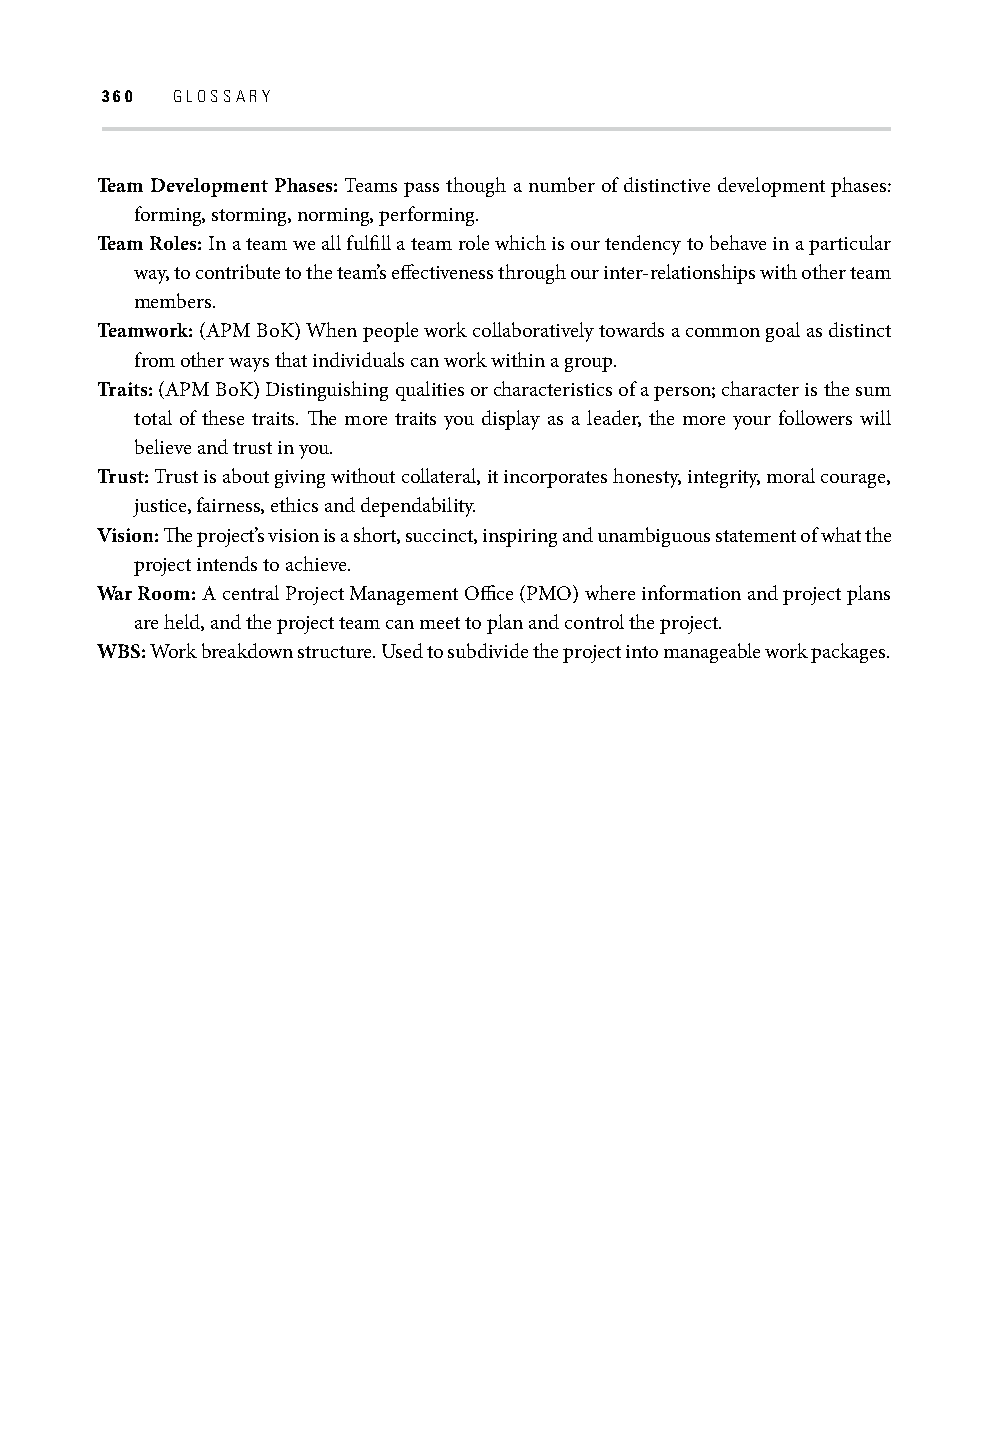
360 GLOSSARY
 Team Development Phases: Teams pass though a number of distinctive development phases:
 forming, storming, norming, performing.
 Team Roles: In a team we all fulfi ll a team role which is our tendency to behave in a particular
 way, to contribute to the team’s eff ectiveness through our inter-relationships with other team
 members.
 Teamwork: (APM BoK) When people work collaboratively towards a common goal as distinct
 from other ways that individuals can work within a group.
 Traits: (APM BoK) Distinguishing qualities or characteristics of a person; character is the sum
 total of these traits. Th e more traits you display as a leader, the more your followers will
 believe and trust in you.
 Trust: Trust is about giving without collateral, it incorporates honesty, integrity, moral courage,
 justice, fairness, ethics and dependability.
 Vision: Th e project’s vision is a short, succinct, inspiring and unambiguous statement of what the
 project intends to achieve.
 War Room: A central Project Management Offi ce (PMO) where information and project plans
 are held, and the project team can meet to plan and control the project.
 WBS: Work breakdown structure. Used to subdivide the project into manageable work packages.